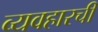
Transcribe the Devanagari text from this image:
व्यवहारची